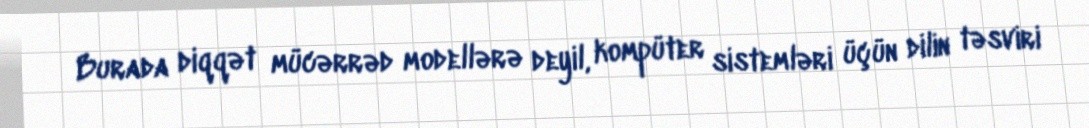
Burada diqqət mücərrəd modellərə deyil, kompüter sistemləri üçün dilin təsviri